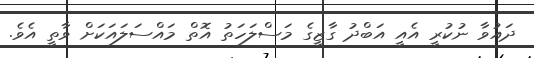
ދައުވާ ނުކުރީ އެއީ އަބްދު ގާޒީގެ މަސްލަހަތު އޮތް މައްސަލައަކަށް ވާތީ އެވެ.